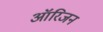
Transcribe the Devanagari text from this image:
आॅरिजन